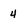
Character: 4